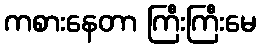
ကစားနေတာ ကြီးကြီးမေ